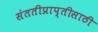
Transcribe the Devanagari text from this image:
संततीप्राप्तीसाठी